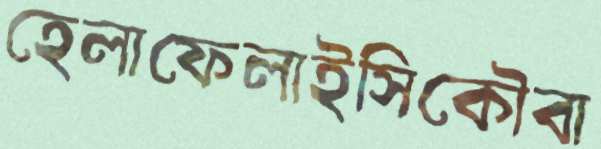
হেলাফেলাইসিকৌবা